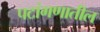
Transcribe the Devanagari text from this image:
पटांगणातील